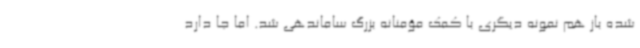
شده باز هم نمونه دیگری با کمک مؤمنانه بزرگ ساماندهی شد. اما جا دارد